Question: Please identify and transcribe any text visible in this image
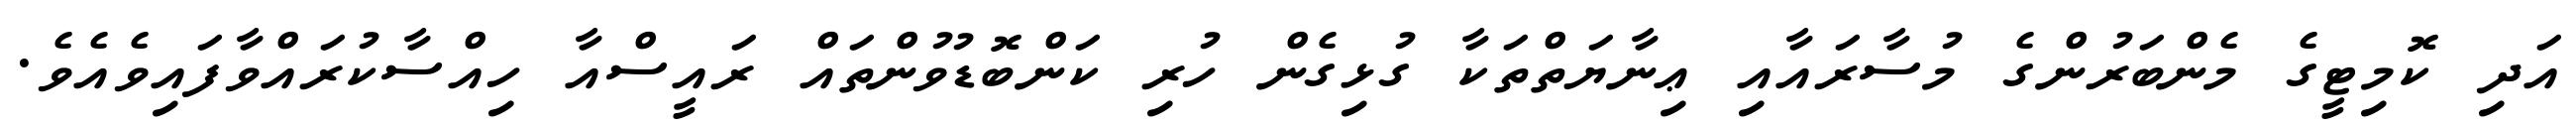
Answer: އަދި ކޮމިޓީގެ މެންބަރުންގެ މުސާރައާއި ޢިނާޔަތްތަކާ ގުޅިގެން ހުރި ކަންބޮޑުވުންތައް ރައީސްއާ ހިއްސާކުރައްވާފައިވެއެވެ.